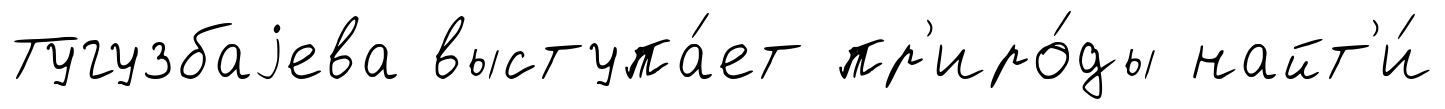
Тугузбаjева выступа́ет пр'иро́ды найт'и́